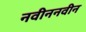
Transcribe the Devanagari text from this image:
नवीननवीन